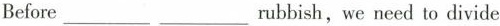
Before___ ___ rubbish,we need to divide